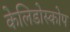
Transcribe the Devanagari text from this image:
केलिडोस्कोप